Kominterni_Eesti_sektsioon_Moskvas, lk 35
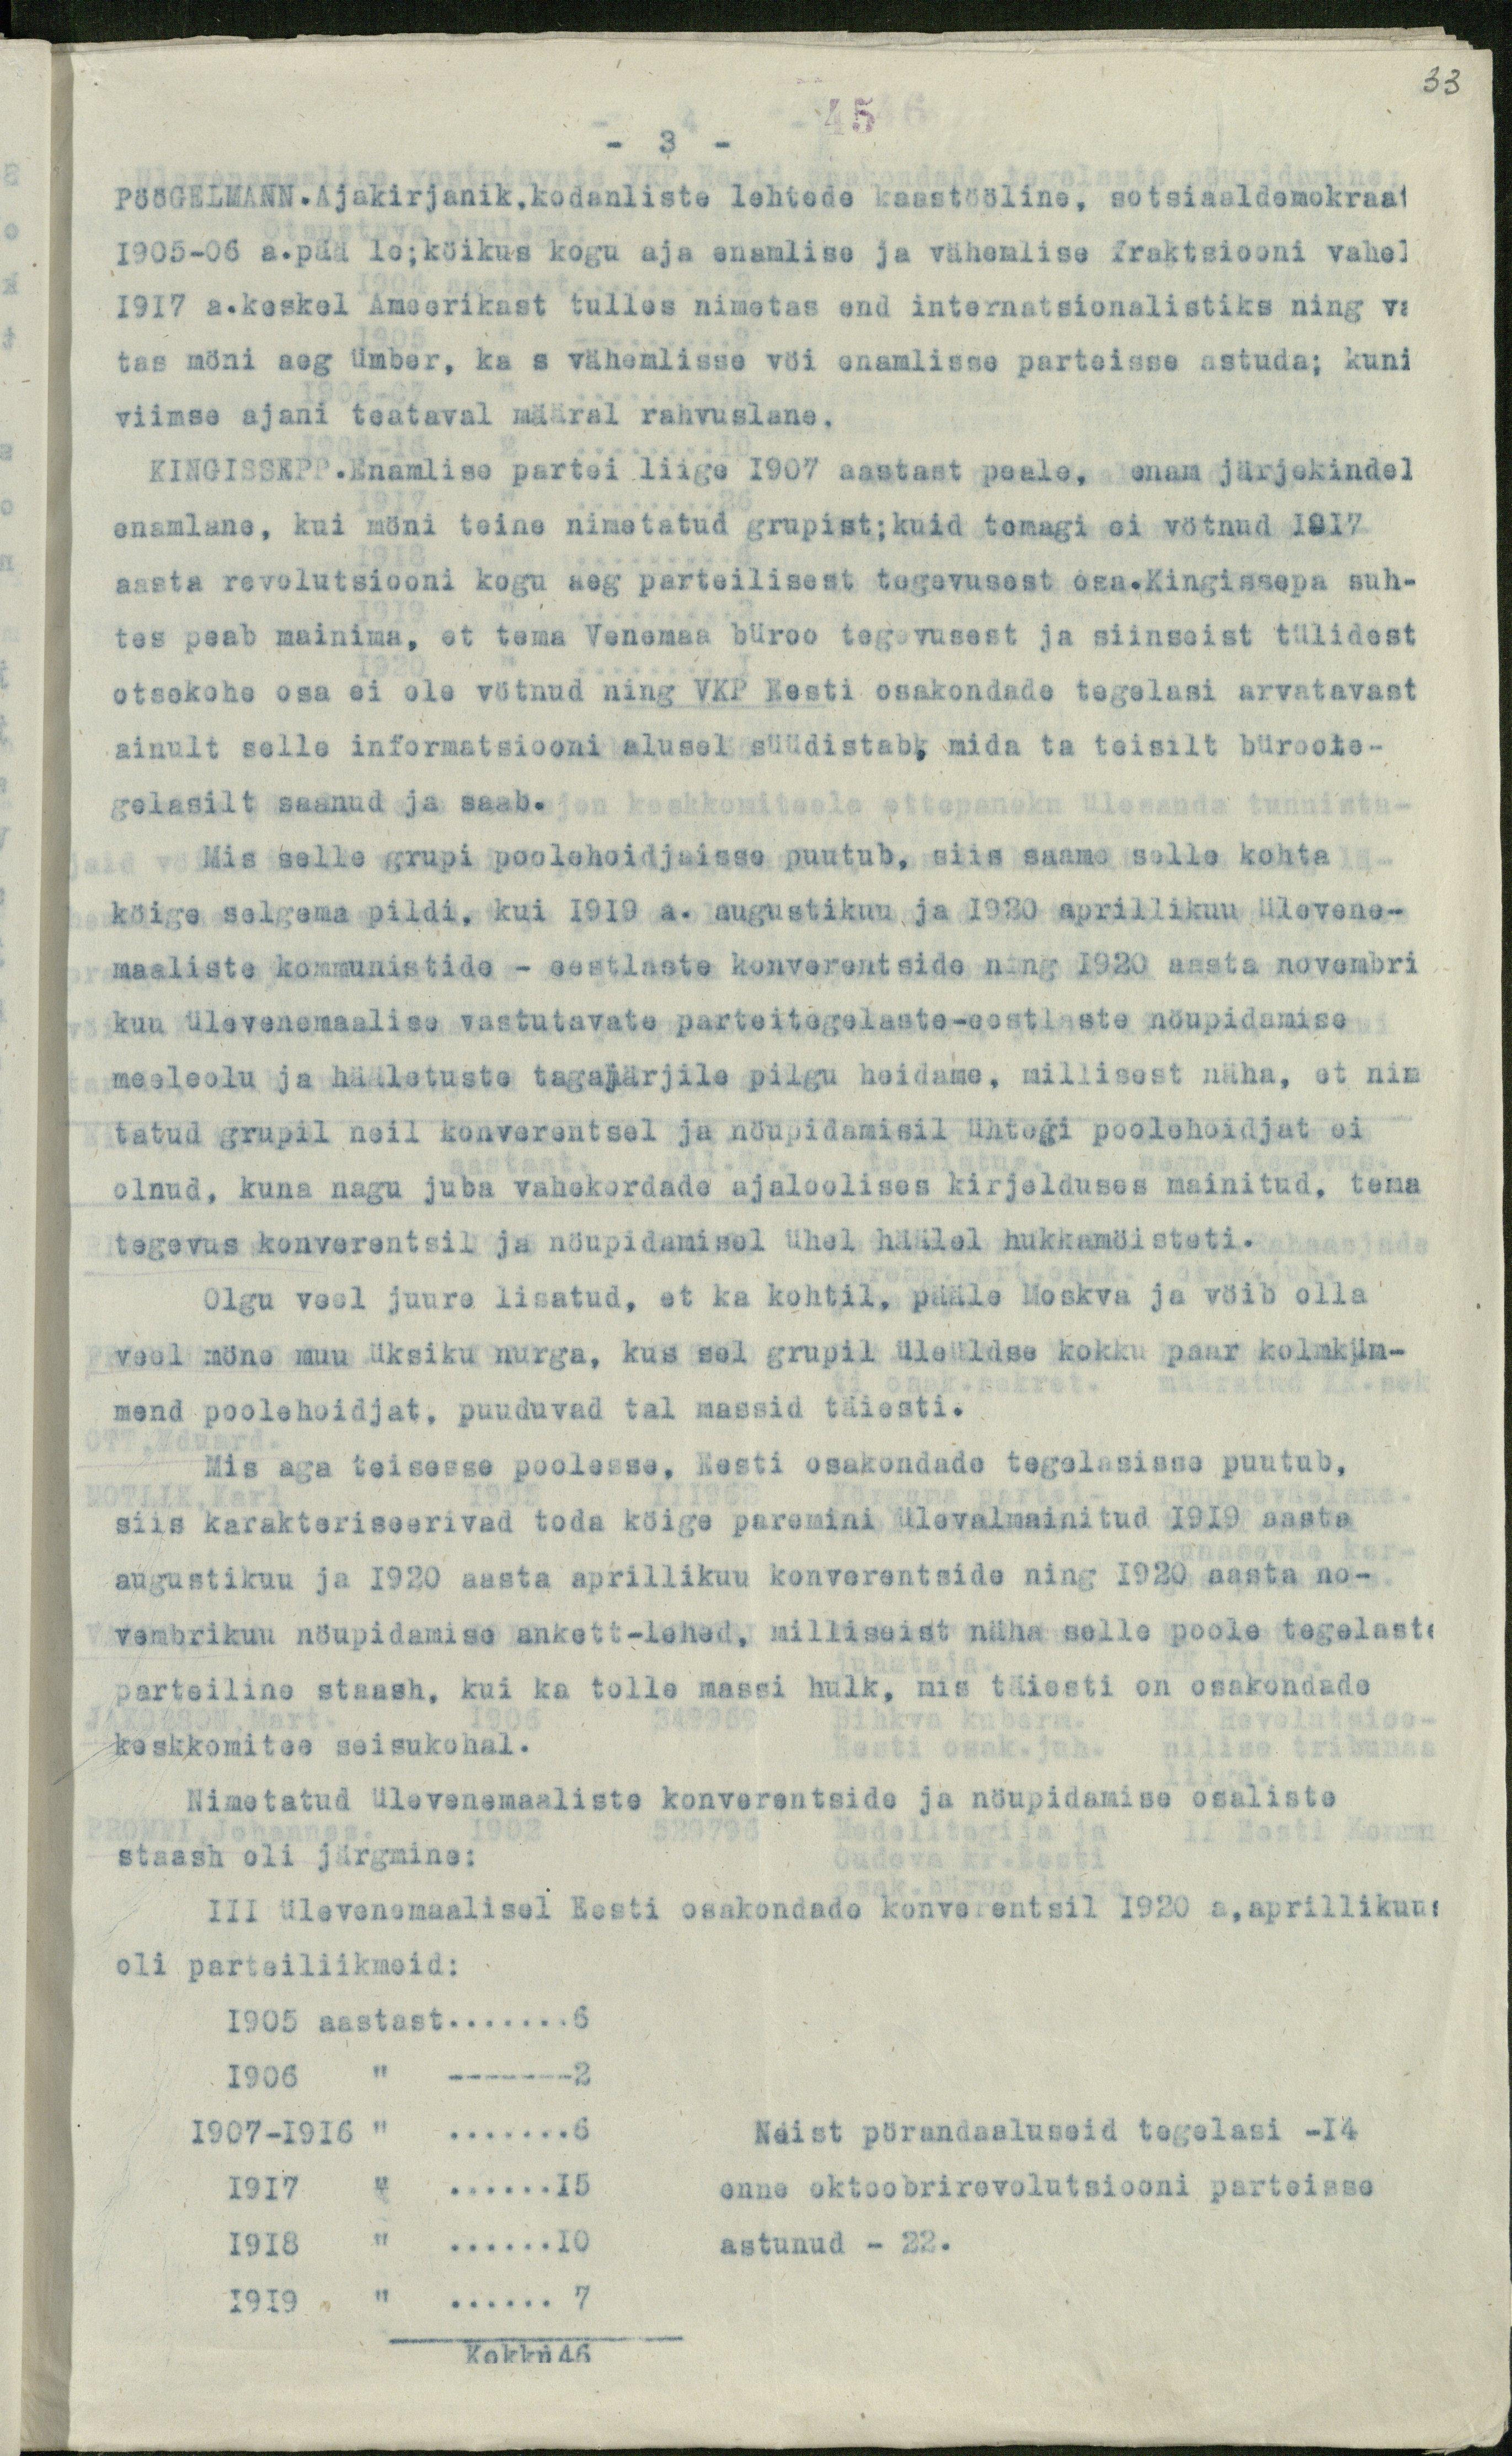
33

45.
PööGELMANN.Ajakirjanik,kodanliste lehtede kaastööline, sotsiaaldemokraat
1905-06 a.pää le;köikus kogu aja enamlise ja vähemlise fraktsiooni vahel
1917 a.keskel Ameerikast tulles nimetas end internatsionalistiks ning va
tas möni aeg ümber, ka s vähemlisse või enamlisse parteisse astuda; kuni
viimse ajani teataval määral rahvuslane.
KINGISSEPP.Enamlise partei liige 1907 aastast peale, enam järjekindel
enamlane, kui möni teine nimetatud grupist; kuid temagi ei vötnud 1917
aasta revolutsiooni kogu aeg parteilisest tegevusest osa.Kingissepa suh-
tes peab mainima, et tema Venemaa büroo tegevusest ja siinseist tülidest
otsekohe osa ei ole vötnud ning VKP Eesti osakondade tegelasi arvatavast
ainult selle informatsiooni alusel süüdistab, mida ta teisilt büroote-
gelasilt saanud ja saab.
Mis selle grupi poolehoidjaisse puutub, siis saame selle kohta
köige selgema pildi, kui 1919 a. augustikuu ja 1920 aprillikuu ülevene-
maaliste kommunistide - eestlaste konverentside ning 1920 aasta novembri
kuu ülevenemaalise vastutavate parteitegelaste-eestlaste nöupidamise
meeleolu ja hääletuste tagajärjile pilgu heidame, millisest näha, et nim
tatud grupil neil konverentsel ja nöupidamisil ühtegi poolehoidjat ei
olnud, kuna nagu juba vahekordade ajaloolises kirjelduses mainitud, tema
tegevus konverentsil ja nöupidamisel ühel häälel hukkamöisteti.
Olgu veel juure lisatud, et ka kohtil, pääle Moskva ja vöib olla
veel möne muu üksiku nurga, kus sel grupil üleüldse kokku paar kolmküm-
mend poolehoidjat, puuduvad tal massid täiesti.
Mis aga teisesse poolesse, Eesti osakondade tegelasisse puutub,
siis karakteriseerivad toda köige paremini ülevalmainitud 1919 aasta
augustikuu ja 1920 aasta aprillikuu konverentside ning 1920 Aasta no-
vembrikuu nöupidamise ankett-lehed, milliseist näha selle poole tegelaste
parteiline staash, kui ka tolle massi hulk, mis täiesti on osakondade
keskkomitee seisukohal.
Nimetatud ülevenemaaliste konverentside ja nöupidamise osaliste
staash oli järgmine:
III ülevenemaalisel Eesti osakondade konverentsil 1920 a,aprillikuus
oli parteiliikmeid:
1905 aastast...6
1906 " ---2
1907-1916 " ...6
Neist pörandaaluseid tegelasi -14
1917 " ...15
enne oktoobrirevolutsiooni parteisse
1918 " ...10
astunud - 22.
1919 " ...7
Kokku 46